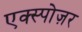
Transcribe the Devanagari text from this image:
एक्स्पोज़र